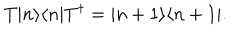
T | n \rangle \langle n | T ^ { \dagger } = | n + 1 \rangle \langle n + 1 | .